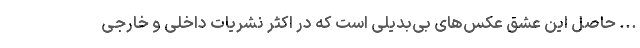
... حاصل این‌ عشق عکس‌های بی‌بدیلی است که در اکثر نشریات داخلی و خارجی